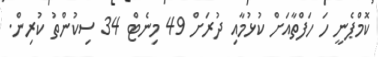
ކޮމްޕެނީ ހަ ހަފްތާއަށް ކުޅުމާއި ދުރަށް 49 މިނެޓް 34 ސިކުންތު ކުރިން.